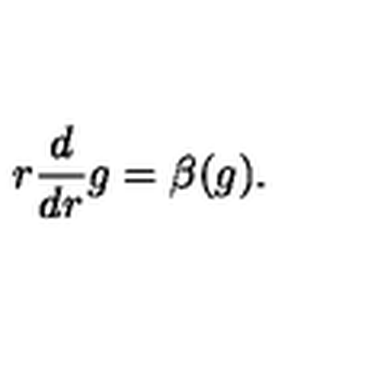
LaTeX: r \frac { d } { d r } g = \beta ( g ) .